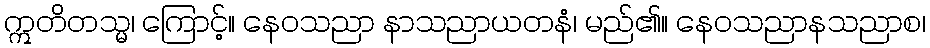
ဣတိတသ္မ၊ ကြောင့်။ နေဝသညာ နာသညာယတနံ၊ မည်၏။ နေဝသညာနသညာစ၊